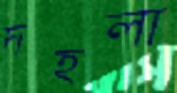
দহলা